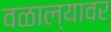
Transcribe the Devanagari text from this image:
वळाल्यावर